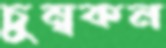
চুম্বকন